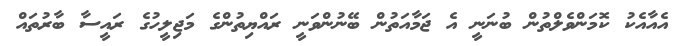
އެއާއެކު ކޮމަންވެލްތުން ބުނަނީ އެ ޖަމާއަތުން ބޭނުންވަނީ ރައްޔިތުންގެ މަޖިލީހުގެ ރައީސާ ބާރުތައް